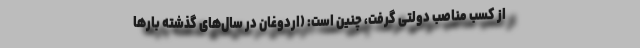
از کسب مناصب دولتی گرفت، چنین است: (اردوغان در سال‌های گذشته بارها